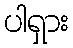
ပါရှား